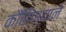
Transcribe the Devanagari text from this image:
कौंडिण्याने